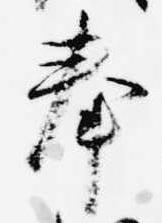
奉